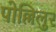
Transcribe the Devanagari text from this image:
पोल्लिलुर